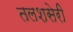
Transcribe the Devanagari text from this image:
तलशसेरी